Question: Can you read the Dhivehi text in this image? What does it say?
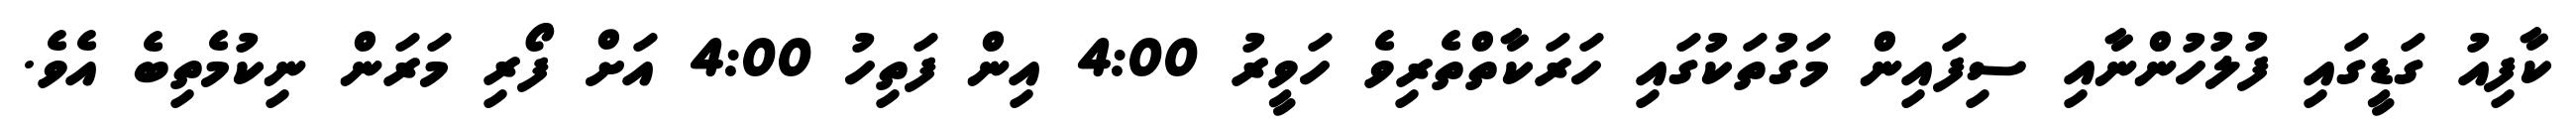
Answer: ކާފިއު ގަޑީގައި ފުލުހުންނާއި ސިފައިން މަގުތަކުގައި ހަރަކާތްތެރިވެ ހަވީރު 4:00 އިން ފަތިހު 4:00 އަށް ފޯރި މަރަން ނިކުމެތިބެ އެވެ.